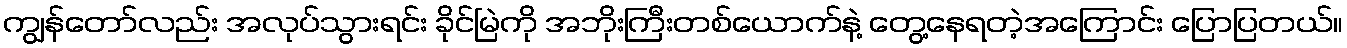
ကျွန်တော်လည်း အလုပ်သွားရင်း ခိုင်မြဲကို အဘိုးကြီးတစ်ယောက်နဲ့ တွေ့နေရတဲ့အကြောင်း ပြောပြတယ်။